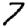
Digit: 7